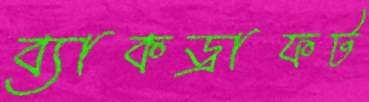
ব্যাকড্রাফট